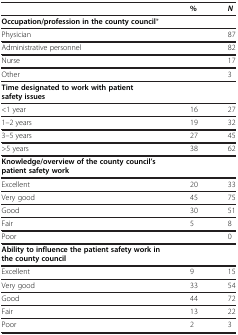
<table><thead><tr><td><b> </b></td><td><b>%</b></td><td><b><i>N</i></b></td></tr></thead><tbody><tr><td><b>Occupation/profession in the county council</b>*</td><td> </td><td> </td></tr><tr><td>Physician</td><td> </td><td>87</td></tr><tr><td>Administrative personnel</td><td> </td><td>82</td></tr><tr><td>Nurse</td><td> </td><td>17</td></tr><tr><td>Other</td><td> </td><td>3</td></tr><tr><td><b>Time designated to work with patient safety issues</b></td><td> </td><td> </td></tr><tr><td>&lt;1 year</td><td>16</td><td>27</td></tr><tr><td>1–2 years</td><td>19</td><td>32</td></tr><tr><td>3–5 years</td><td>27</td><td>45</td></tr><tr><td>&gt;5 years</td><td>38</td><td>62</td></tr><tr><td><b>Knowledge/overview of the county council’s patient safety work</b></td><td> </td><td> </td></tr><tr><td>Excellent</td><td>20</td><td>33</td></tr><tr><td>Very good</td><td>45</td><td>75</td></tr><tr><td>Good</td><td>30</td><td>51</td></tr><tr><td>Fair</td><td>5</td><td>8</td></tr><tr><td>Poor</td><td> </td><td>0</td></tr><tr><td><b>Ability to influence the patient safety work in the county council</b></td><td> </td><td> </td></tr><tr><td>Excellent</td><td>9</td><td>15</td></tr><tr><td>Very good</td><td>33</td><td>54</td></tr><tr><td>Good</td><td>44</td><td>72</td></tr><tr><td>Fair</td><td>13</td><td>22</td></tr><tr><td>Poor</td><td>2</td><td>3</td></tr></tbody></table>